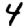
Digit: 4